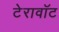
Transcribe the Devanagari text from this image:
टेरावॉट